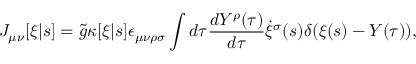
J _ { \mu \nu } [ \xi | s ] = \tilde { g } \kappa [ \xi | s ] \epsilon _ { \mu \nu \rho \sigma } \int d \tau \frac { d Y ^ { \rho } ( \tau ) } { d \tau } \dot { \xi } ^ { \sigma } ( s ) \delta ( \xi ( s ) - Y ( \tau ) ) ,